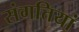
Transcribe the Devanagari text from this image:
संगतियां